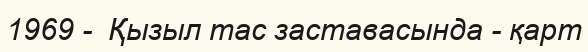
1969 -  Қызыл тас заставасында - қарт